Annual administration report of the Civil Veterinary Department of India - 1892-1893
Year: 1892
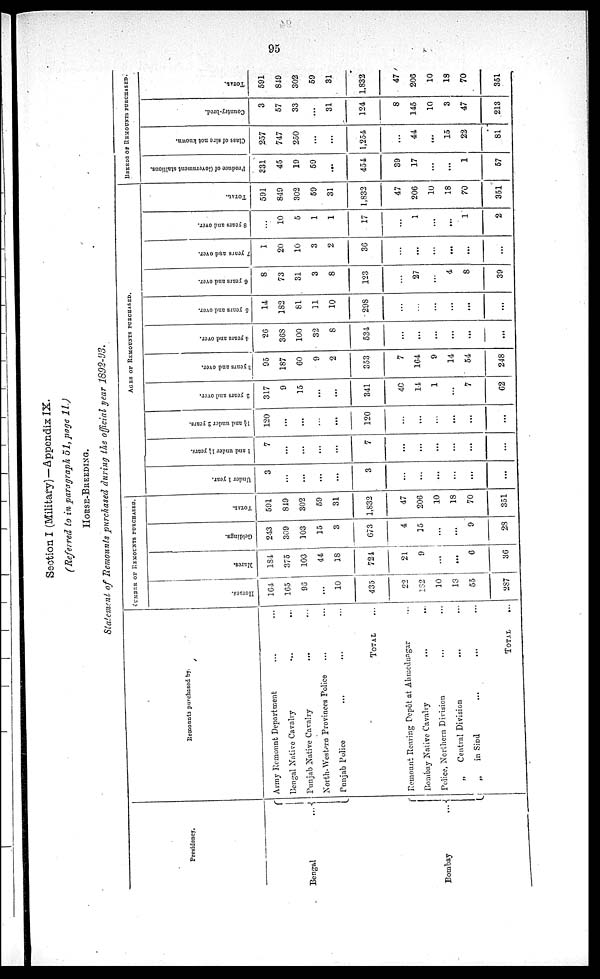
95
Section I (Military)—Appendix IX.
(Referred to in paragraph 51, page 11.)
HORSE-BREEDING.
Statement of Remounts purchased during the official year 1892-93.
Presidency.
Bengal
...
Bombay
...
Remounts purchased by.
Army Remount Department ... ... ...
Bengal Native Cavalry ... ...
Punjab Native Cavalry ... ...
North-Western Provinces Police ... ...
Punjab Police ... ... ...
TOTAL ...
Remount Rearing Depôt at Ahmednagar ...
Bombay Native Cavalry ... ...
Police, Northern Division ... ...
„
Central Division ... ...
„
in Sind ... ...
TOTAL
...
NUMBER OF REMOUNTS PURCHASED.
Horses.
164
165
96
...
10
435
22
182
10
18
55
287
Mares.
181
375
103
44
18
724
21
9
...
...
6
36
Geldings.
243
309
103
15
3
673
4
15
...
...
9
28
TOTAL.
591
849
302
59
31
1,832
47
206
10
18
70
351
AGES
OF
REMOUNTS
PURCHASED.
Under 1 year.
3
...
...
...
...
3
...
...
...
...
...
...
1 and under 1½ years.
7
...
...
...
...
7
...
...
...
...
...
...
1½
and under 2 years.
120
...
...
...
...
120
...
...
...
...
...
...
2 years and over.
317
9
15
...
...
341
40
14
1
...
7
62
3 years
and over.
95
187
60
9
2
353
7
164
9
14
54
248
4 years and over.
26
368
100
32
8
534
...
...
...
...
...
...
5 years and over.
14
182
81
11
10
298
...
...
...
...
...
...
6 years and over.
8
73
31
3
8
123
...
27
...
4
8
39
7 years and over.
1
20
10
3
2
36
...
...
...
...
...
...
8 years and over.
...
10
5
1
1
17
...
1
...
...
1
2
TOTAL.
591
849
302
59
31
1,832
47
206
10
18
70
351
BREEDS OF REMOUNTS PURCHASED.
Produce of Government stallions.
331
45
19
59
...
454
39
17
...
...
1
57
Class of sire not known.
257
747
250
...
...
1,254
...
44
...
15
22
81
Country-bred.
3
57
33
...
31
124
8
145
10
3
47
213
TOTAL.
591
849
302
59
31
1,832
47
206
10
18
70
351